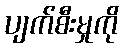
ပျက်စီးမှုကို